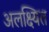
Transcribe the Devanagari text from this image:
अलक्ष्यित